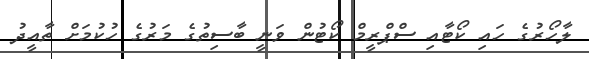
ލާހޯރުގެ ހައި ކޯޓާއި ސްޕްރީމް ކޯޓުން ވަނީ ބާސިތުގެ މަރުގެ ހުކުމަށް ތާއީދު